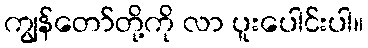
ကျွန်တော်တို့ကို လာ ပူးပေါင်းပါ။